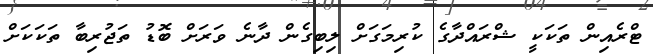
ޓްރެއިން ތަކަކީ ޝްރައްދާގެ ކުރިމަގަށް ލިބިގެން ދާނެ ވަރަށް ބޮޑު ތަޖުރިބާ ތަކަކަށް